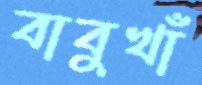
বাবুখাঁ